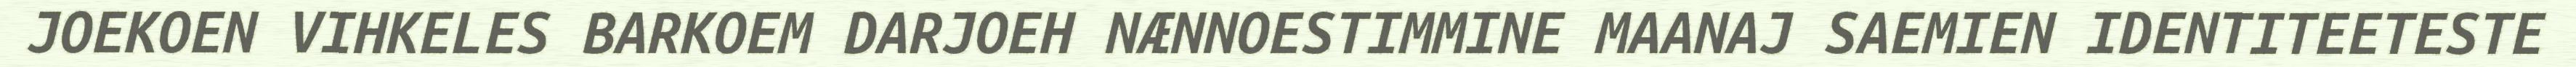
JOEKOEN VIHKELES BARKOEM DARJOEH NÆNNOESTIMMINE MAANAJ SAEMIEN IDENTITEETESTE